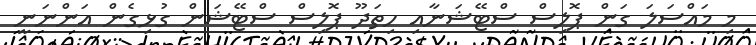
މި މައްސަލަ ގަން ޕޮލިސް ސްޓޭޝަނާއި ހިތަދޫ ޕޮލިސް ސްޓޭޝަން ގުޅިގެން އަންނަނީ